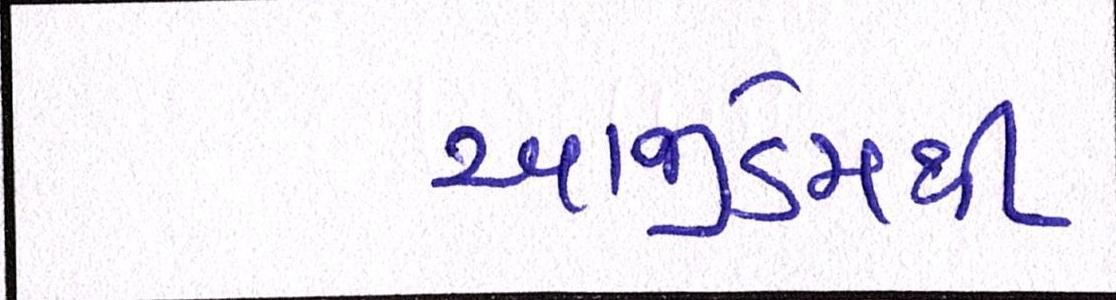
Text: આજીડેમથી